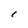
Character: l